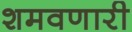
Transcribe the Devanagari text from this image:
शमवणारी